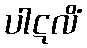
ပါဋလိံ